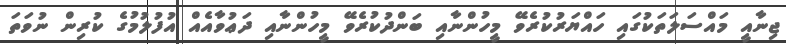
ޖިނާއީ މައްސަލަތަކުގައި ހައްޔަރުކުރެވޭ މީހުންނާއި ބަންދުކުރެވޭ މީހުންނާއި ދަޢުވާއެއް އުފުލުމުގެ ކުރިން ނުވަތަ